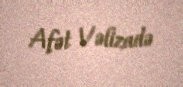
Afət Vəlizadə